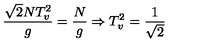
\frac { \sqrt { 2 } N T _ { v } ^ { 2 } } { g } = \frac { N } { g } \Rightarrow T _ { v } ^ { 2 } = \frac { 1 } { \sqrt { 2 } }